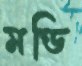
মণ্ডি